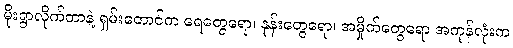
မိုးရွာလိုက်တာနဲ့ ရှမ်းတောင်က ရေတွေရော၊ နုန်းတွေရော၊ အမှိုက်တွေရော အကုန်လုံးက